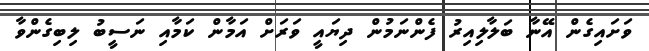
ވަށައިގެން އޭނާ ބަލާލިއިރު ފެންނަމުން ދިޔައީ ވަރަށް އަމާން ކަމާއި ނަސީބު ލިބިގެންވާ